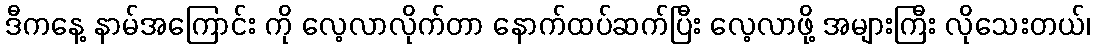
ဒီကနေ့ နာမ်အကြောင်း ကို လေ့လာလိုက်တာ နောက်ထပ်ဆက်ပြီး လေ့လာဖို့ အများကြီး လိုသေးတယ်၊